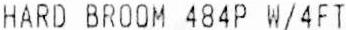
HARD BROOM 484P W/4FT